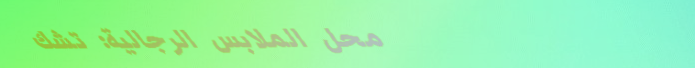
محل الملابس الرجالية: تشك